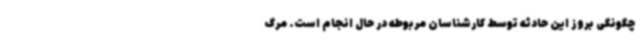
چگونگی بروز این حادثه توسط کارشناسان مربوطه در حال انجام است. مرگ